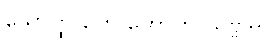
သောတ္ထိ တေ ဟောတု သဗ္ဗဒါ။